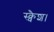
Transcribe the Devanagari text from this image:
स्क्वैश।